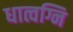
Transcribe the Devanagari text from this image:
धात्वग्नि